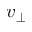
v _ { \perp }